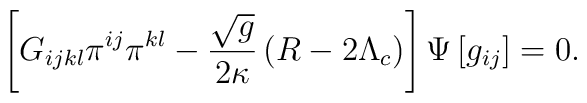
\left[ G_{ijkl}\pi ^{ij}\pi ^{kl}-\frac{\sqrt{g}}{2\kappa }\left( R-2\Lambda_{c}\right) \right] \Psi \left[ g_{ij}\right] =0.